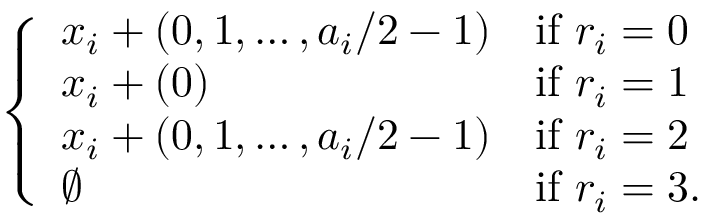
\left\{ \begin{array} { l l } { x _ { i } + ( 0 , 1 , \dots , a _ { i } / 2 - 1 ) } & { \mathrm { i f ~ } r _ { i } = 0 } \\ { x _ { i } + ( 0 ) } & { \mathrm { i f ~ } r _ { i } = 1 } \\ { x _ { i } + ( 0 , 1 , \dots , a _ { i } / 2 - 1 ) } & { \mathrm { i f ~ } r _ { i } = 2 } \\ { \emptyset } & { \mathrm { i f ~ } r _ { i } = 3 . } \end{array} \right.